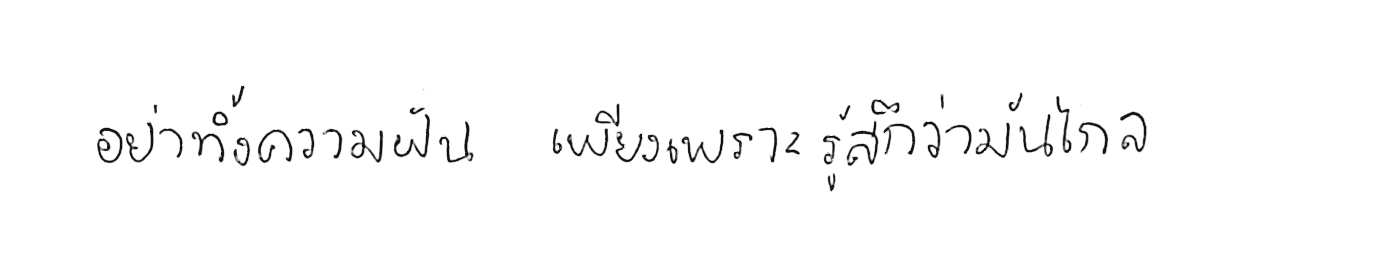
อย่าทิ้งความฝัน เพียงเพราะรู้สึกว่ามันไกล